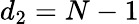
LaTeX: d_{2}=N-1